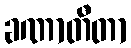
ခဏာတီတာ